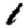
Digit: 1